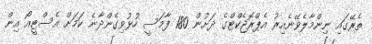
ތެރޭގައި ނިންމާލެވޭނެއިރު އެޕްރޮޖެކްޓްގެ ދަށުން 180 ފާމަސީ ހުޅުވިގެންދާނެ ކަމަށް އެސްޓީއޯ އިން